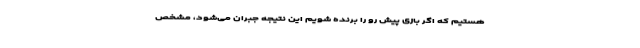
هستیم که اگر بازی پیش رو را برنده شویم این نتیجه جبران می‌شود، مشخص